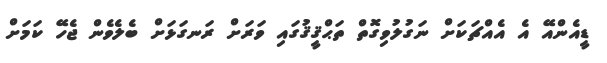
ޑީއެންއޭ އެ އެއްޗަކަށް ނަގުލުވިގޮތް ތަޙްޤީޤުގައި ވަރަށް ރަނގަޅަށް ބެލެވެން ޖެހޭ ކަމަށް